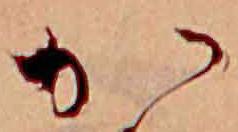
か